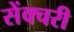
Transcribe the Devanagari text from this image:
सेंक्चरी